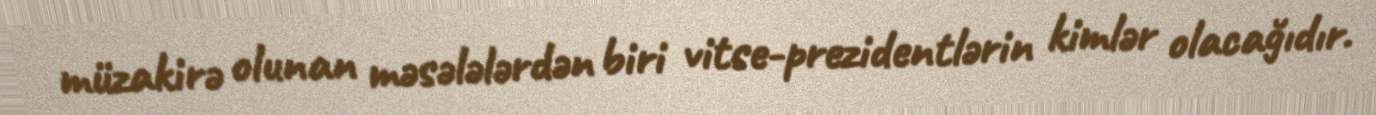
müzakirə olunan məsələlərdən biri vitse-prezidentlərin kimlər olacağıdır.